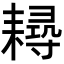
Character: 𦔘